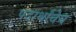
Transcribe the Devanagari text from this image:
पदार्थांचेच